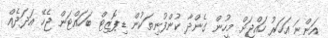
އަންނަ އަހަރު ހައްޖަށް މީހުން ގެންދާ ކުންފުނިތަކުން ޑިޕޮޒިޓް ބަހައްޓަން ޖެހޭ އަދަދެއް